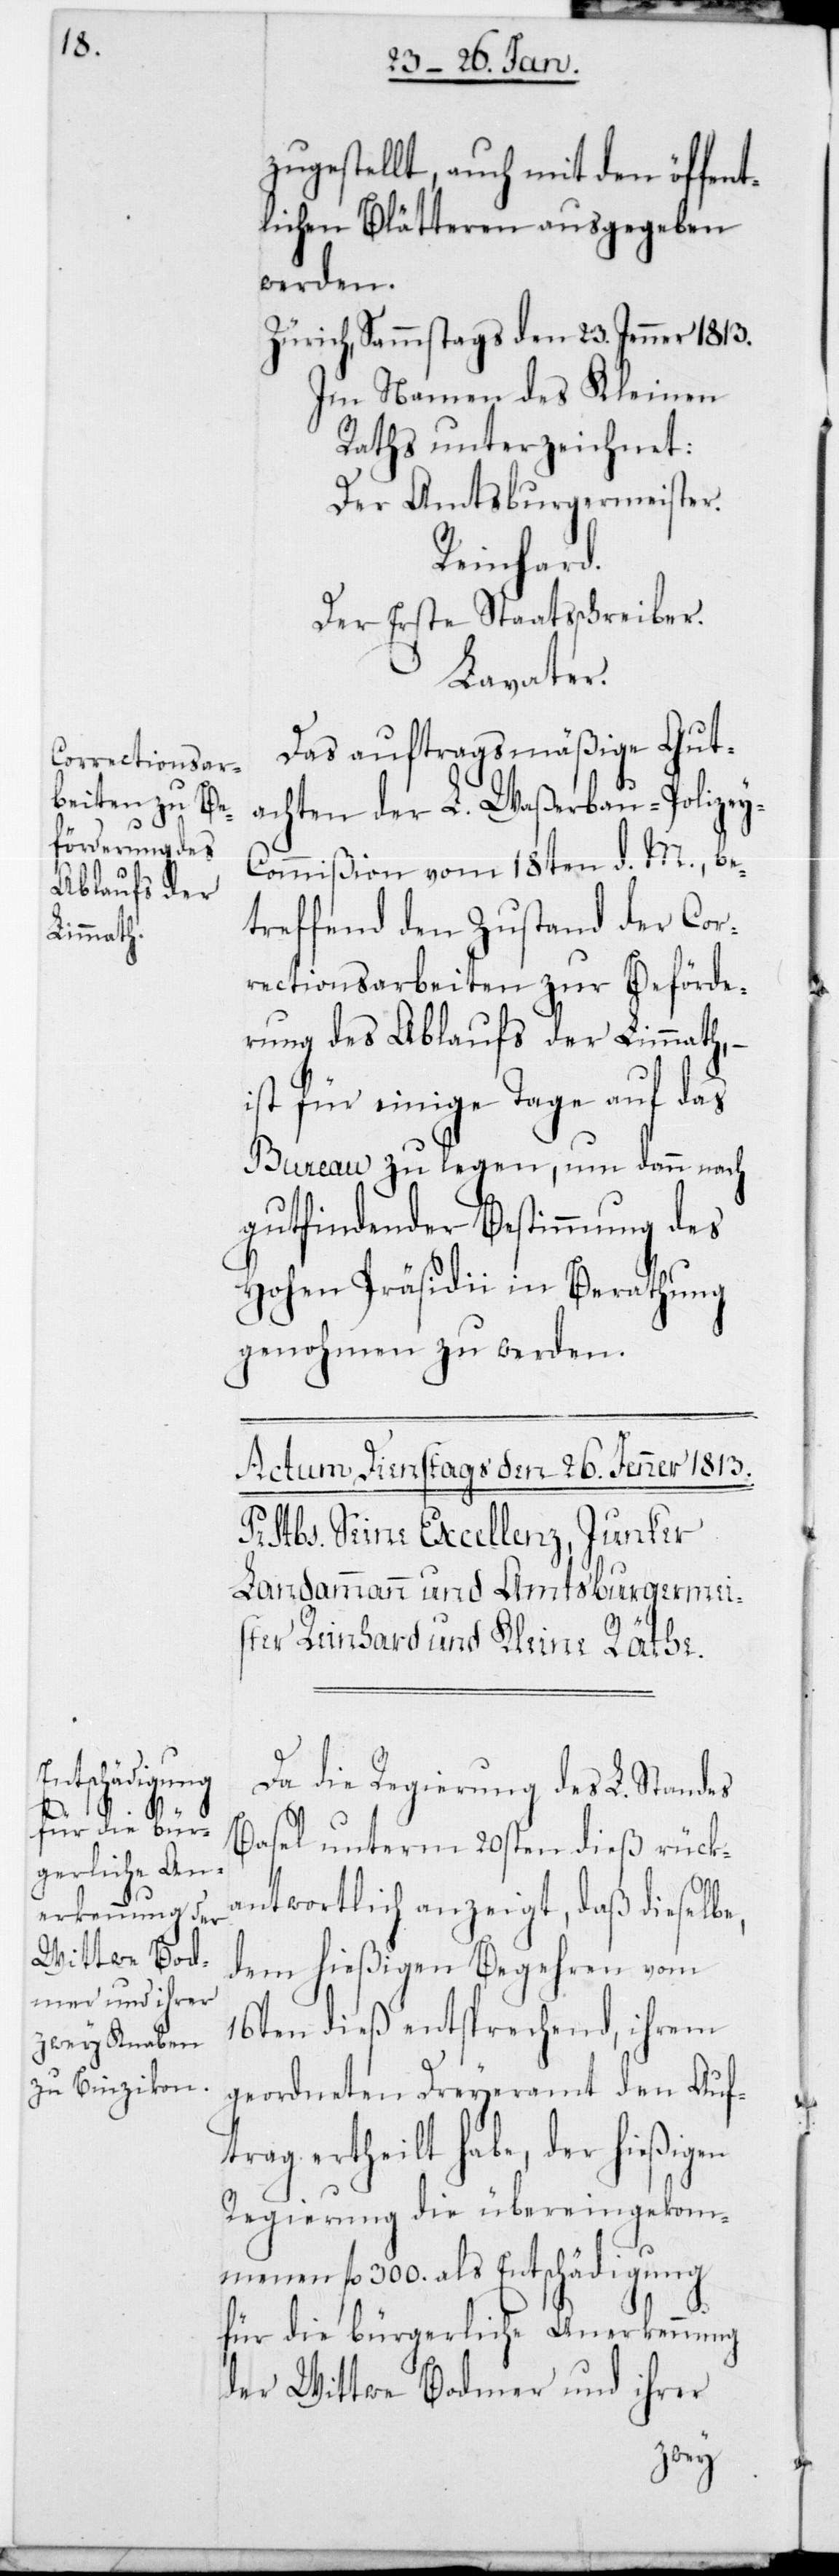
y-C¬

zugestellt, auch mit den öffent¬
lichen Blätteren ausgegeben
werden.
Zürich, Samstags den 23. Jenner 1813.
Im Namen des Kleinen
Raths unterzeichnet:
Der Amtsburgermeister
Reinhard.
der Erste Staatsschreiber.
Lavater.
Das auftragsmäßige Gut¬
achten der L. Waßerbau-Polize¬
ommißion vom 18ten d. M., be¬
treffend den Zustand der Cor¬
rectionsarbeiten zur Beförde¬
rung des Ablaufs der Limmath, –
ist für einige Tage auf das
Bureau zu legen, um dann nach
gutfindender Bestimmung des
hohen Präsidii in Berathung
genohmen zu werden.
Da die Regierung des L. Standes
Basel unterm 20sten dieß rück¬
antwortlich anzeigt, daß dieselbe,
dem hießigen Begehren vom
16ten dieß entsprechend, ihrem
geordneten Dreyeramt den Auf¬
trag ertheilt habe, der hießigen
Regierung die übereingekom¬
menen fl. 300. als Entschädigung
für die bürgerliche Anerkennung
der Wittwe Bodmer und ihrer